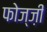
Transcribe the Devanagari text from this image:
फोज्ज़ी